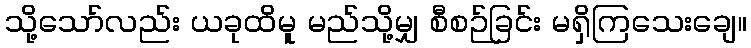
သို့သော်လည်း ယခုထိမူ မည်သို့မျှ စီစဉ်ခြင်း မရှိကြသေးချေ။